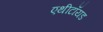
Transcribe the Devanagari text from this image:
एथीटॉयड